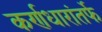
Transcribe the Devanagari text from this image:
कर्णधारांतर्फे